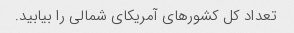
تعداد کل کشورهای آمریکای شمالی را بیابید.